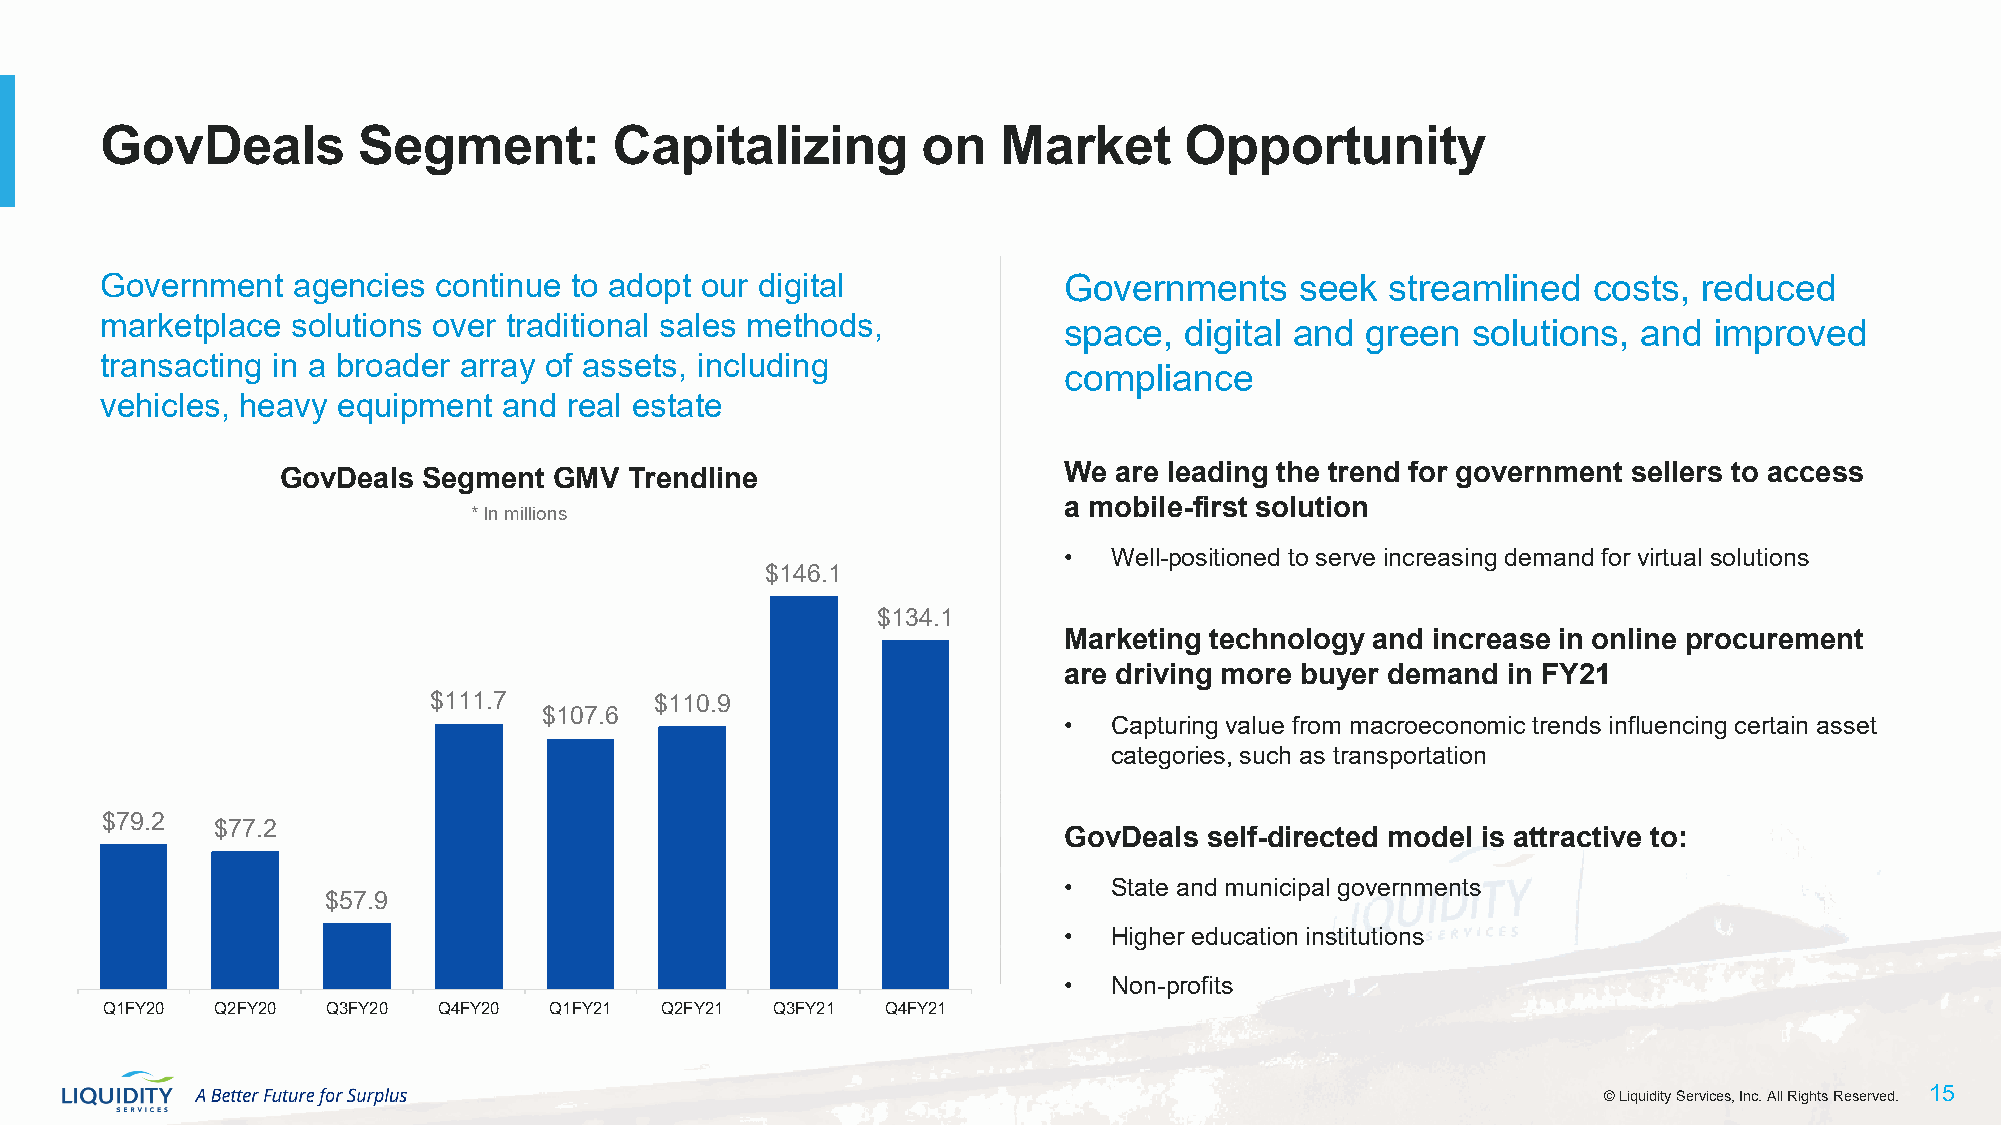
GovDeals         Segment:         Capitalizing        on   Market      Opportunity
 Government  agencies  continue to adopt our digital            Governments     seek  streamlined  costs,  reduced
 marketplace solutions over traditional sales methods,          space,  digital and green  solutions,  and improved
 transacting in a broader array of assets, including
 compliance
 vehicles, heavy equipment and  real estate
 We  are leading the trend for government sellers to access
 GovDeals Segment  GMV  Trendline
 a mobile-first solution
 * In millions
 •   Well-positioned to serve increasing demand for virtual solutions
 $146.1
 $134.1
 Marketing technology and increase in online procurement
 are driving more buyer demand in FY21
 $111.7         $110.9
 $107.6
 •   Capturing value from macroeconomic trends influencing certain asset
 categories, such as transportation
 $79.2
 $77.2
 GovDeals  self-directed model is attractive to:
 •   State and municipal governments
 $57.9
 •   Higher education institutions
 •   Non-profits
 Q1FY20 Q2FY20  Q3FY20 Q4FY20 Q1FY21  Q2FY21 Q3FY21  Q4FY21
 ©© LLiiqquuiiddiittyy SSeerrvviicceess,, IInncc.. AAllll RRiigghhttss RReesseerrvveedd.. 1155